Report on plague and inoculation in the Punjab from October 1st ... to September 30th..., being the ... season of plague in the province
Disease focus: Plague
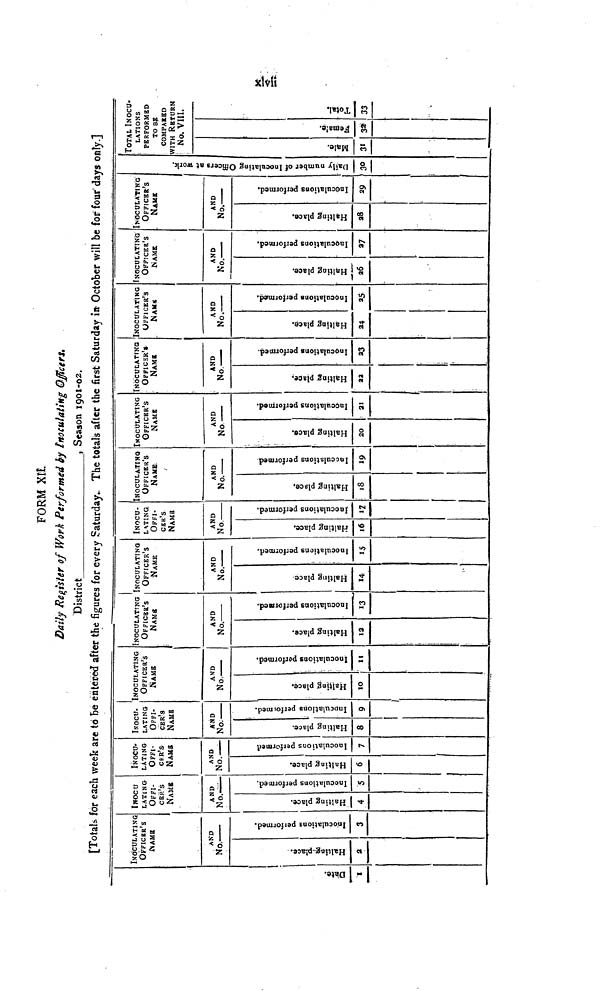
FORM XII
Daily Register of Work Performed by Inoculating Officers.
District
, Season 1901-02.
[Totals, for each week are to be entered after the figures for every Saturday.. The totals after the first Saturday in October will be for four days only.]
Date
I
INOCULATING
OFFICER'S
NAME
AND
No.
Halting Place
2
Inoculations Performed.
3
Inoculating Officers Name
AND
No. ——
Halting Place
4
Inoculations Performed
5
Inoculation Officers Name
AND
No. ——
Halting Place
6
Inoculations Performed
7
Inoculation Officers Name
AND
No. ——
Halting Place
8
Inoculations Performed
9
INOCULATING
OFFICER'S
NAME
AND
No. ——
Halting Place
10
Inoculations Performed.
11
Inoculation Officers Name
AND
No. ——
Halting Place
12
Inoculations Performed.
13
INOCULATING
OFFICER'S
NAME
AND
No. ——
Halting Place
14.
Inoculations Performed.
15
Inoculation Officers Name
AND
No ——
Halting Place
16
Inoculations Performed.
17
INOCULATING
OFFICER'S
NAME
AND
No. ——
Halting Place
18
Inoculations Performed.
19
Inoculation Officers Name
AND
No ——
Halting Place
20
Inoculations Performed.
21
Inoculation Officers Name
AND
No. ——
Halting Place
22
Inoculations Performed.
23
Inoculation Officers Name
AND
No. ——
Halting Place
24
Inoculations Performed.
25
Inoculation Officers Name
AND
No. ——
Halting Place
26
Inoculations Performed.
27
•
Inoculation Officers Name
AND
No. ——
Halting Place
28
Inoculations Performed.
29
Daily number of Inoculating Officers at w
30
TOTAL INOCU-
LATIONS
PERFORMED
TO BE
COMPARED
WITH RETURN
No. VIII.
Male.
31
Female.
32
Total.
33